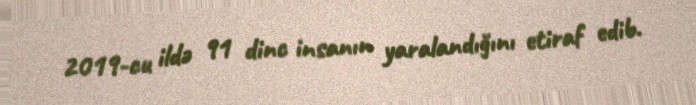
2019-cu ildə 91 dinc insanın yaralandığını etiraf edib.